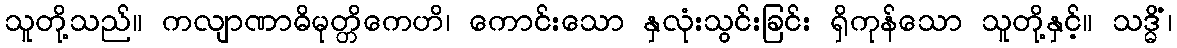
သူတို့သည်။ ကလျာဏာဓိမုတ္တိကေဟိ၊ ကောင်းသော နှလုံးသွင်းခြင်း ရှိကုန်သော သူတို့နှင့်။ သဒ္ဓိံ၊